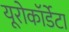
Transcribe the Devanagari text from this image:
यूरोकॉर्डेटा